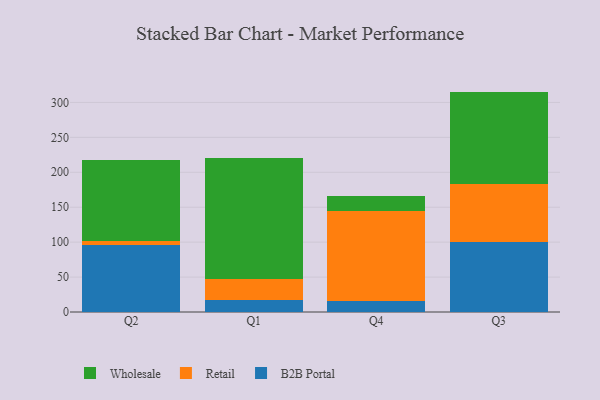
{"axis": {"x": "Quarter", "y": "Demand Index"}, "legend": ["B2B Portal", "Retail", "Wholesale"], "data": [{"x": "Q2", "y": 96.1, "type": "B2B Portal"}, {"x": "Q2", "y": 5.1, "type": "Retail"}, {"x": "Q2", "y": 115.9, "type": "Wholesale"}, {"x": "Q1", "y": 16.5, "type": "B2B Portal"}, {"x": "Q1", "y": 30.6, "type": "Retail"}, {"x": "Q1", "y": 173.5, "type": "Wholesale"}, {"x": "Q4", "y": 15.4, "type": "B2B Portal"}, {"x": "Q4", "y": 129.2, "type": "Retail"}, {"x": "Q4", "y": 21.9, "type": "Wholesale"}, {"x": "Q3", "y": 99.7, "type": "B2B Portal"}, {"x": "Q3", "y": 84.1, "type": "Retail"}, {"x": "Q3", "y": 131.7, "type": "Wholesale"}]}